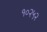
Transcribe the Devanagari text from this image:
१०२५२